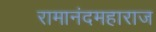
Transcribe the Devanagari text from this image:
रामानंदमहाराज